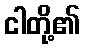
ငါတို့၏